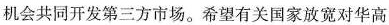
机会共同开发第三方市场。希望有关国家放宽对华高